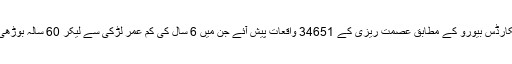
2015ء میں کرائم ریکارڈس بیورو کے مطابق عصمت ریزی کے 34651 واقعات پیش آئے جن میں 6 سال کی کم عمر لڑکی سے لیکر 60 سالہ بوڑھی خواتین تک شامل ہیں۔